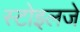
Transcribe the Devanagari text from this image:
स्टोइलजे